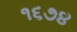
૧૬૭૪